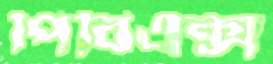
পিবিএক্স